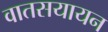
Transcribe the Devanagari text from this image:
वातसयायन